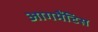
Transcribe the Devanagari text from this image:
आगमैंटिस